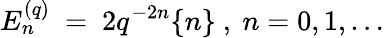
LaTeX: E_{n}^{(q)}\ =\ 2q^{-2n}\{ n\} \ ,\ n=0,1,\ldots